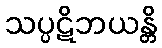
သပ္ပဋိဘယန္တိ